Source: Computer-generated
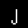
Digit: ၂ (2)